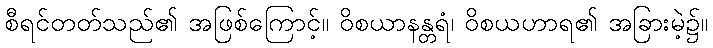
စီရင်တတ်သည်၏ အဖြစ်ကြောင့်။ ဝိစယာနန္တရံ၊ ဝိစယဟာရ၏ အခြားမဲ့၌။